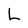
Character: L